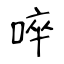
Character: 啐